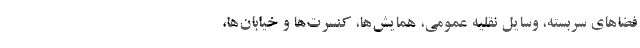
فضاهای سربسته، وسایل نقلیه عمومی، همایش‌ها، کنسرت‌ها و خیابان‌ها،